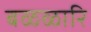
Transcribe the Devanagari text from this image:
बळळारि